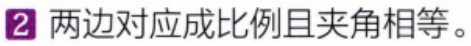
两边对应成比例且夹角相等。